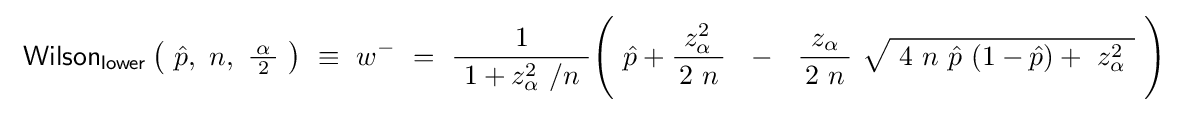
~{\mathsf {Wilson_{lower}}}\left(\ {\hat {p}},\ n,\ {\tfrac {\!\ \alpha \!\ }{2}}\ \right)\ \equiv \ w^{-}\ =\ {\frac {1}{~1+z_{\alpha }^{2}\ /n~}}{\Bigg (}\ {\hat {p}}+{\frac {\;z_{\alpha }^{2}\ }{\!\ 2\ n\!\ }}~~-~~{\frac {\!\ z_{\alpha }\!\ }{\!\ 2\ n\!\ }}\ {\sqrt {\ 4\ n\ {\hat {p}}\ (1-{\hat {p}})+\ z_{\alpha }^{2}~}}~{\Biggr )}\